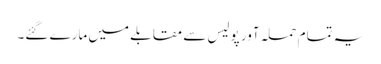
یہ تمام حملہ آور پولیس سے مقابلے میں مارے گئے۔